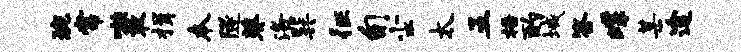
琬常嗾敢揖本隧葵洛巽征旬尘太五梧酌域答蝶某途